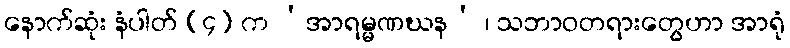
နောက်ဆုံး နံပါတ် (၄) က ‘အာရမ္မဏဃန’ ၊ သဘာဝတရားတွေဟာ အာရုံ